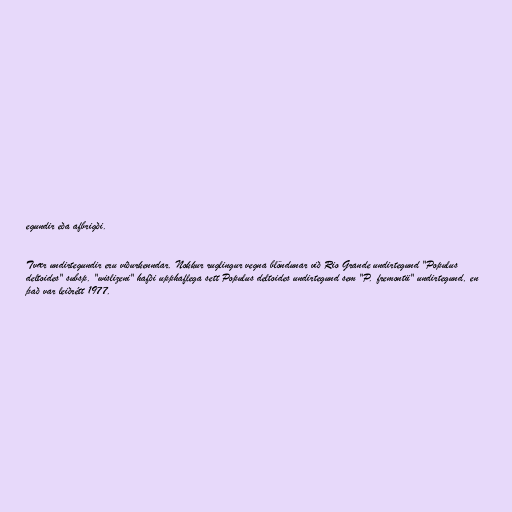
egundir eða afbrigði.

Tvær undirtegundir eru viðurkenndar. Nokkur ruglingur vegna blöndunar við Rio Grande undirtegund "Populus
deltoides" subsp. "wislizeni" hafði upphaflega sett Populus deltoides undirtegund sem "P. fremontii" undirtegund, en
það var leiðrétt 1977.